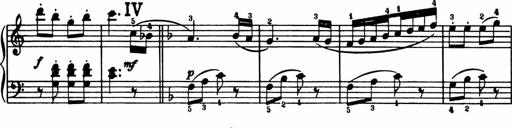
Title: Analytical Sonatinas
Composer: Frank Lynes